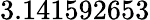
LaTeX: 3.141592653